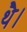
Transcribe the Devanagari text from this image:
थेै।